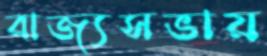
রাজ্যসভায়